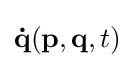
\mathbf {\dot {q}} (\mathbf {p} ,\mathbf {q} ,t)